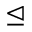
\trianglelefteq